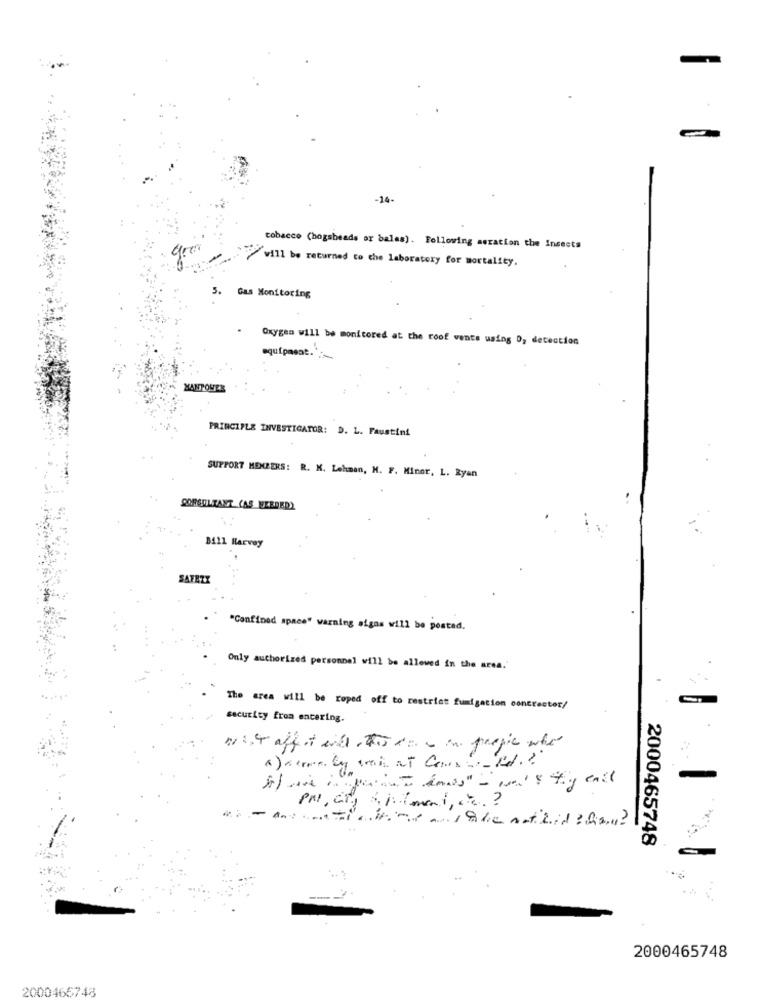
-
1
-14-
tobacco (bogsbeads or bales). Following aeration the Insects
will be returned to the Laboratory for mortality.
5. Gas Monitoring
Oxygen will be monitored at the roof vents using 0, detection
equipment ..
XANPOWER
PRINCIPLE INVESTIGATOR: D. L. Faustini
SUPPORT MENZERS: R. K. Lehman, H. F. Minor, L. Ryan
CONSULTANT (AS NEEDED)
3421 Harvey
SAFEZZ
"Confined space" warning signs will be posted.
Only authorized personnel will be allowed in the area."
The area will be roped off to restrict fumigation concrector/
security from entering.
no 1.4 affo wide this de - in propic whe
2000465748
...
--
2000465748
2000466748